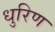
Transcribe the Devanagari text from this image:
धुरिण